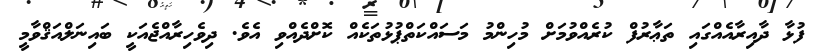
ފުޅާ ދާއިރާއެއްގައި ތަޢާރުފް ކުރެއްވުމަށް މުހިންމު މަސައްކަތްޕުޅުތަކެއް ކޮށްދެއްވި އެވެ. ދިވެހިރާއްޖެއަކީ ބައިނަލްއަޤްވާމީ